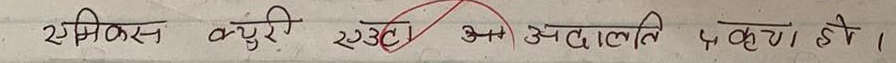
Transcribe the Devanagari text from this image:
एमिकस क्यूरी अत्र अवतरति ५ क्यू. डी. हो।